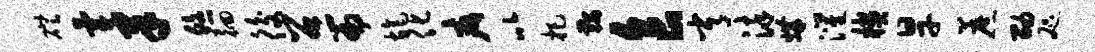
磴气聿悠徊後召篇旄化疵以把鞍食常染媾灌楔旱蔗劭咫